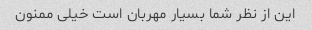
این از نظر شما بسیار مهربان است خیلی ممنون